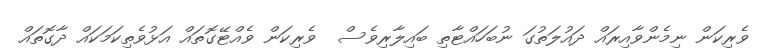
ވެރިކަން ނިމެންވާއިރައް ދައުލަތުގަ ނުބަހައްޓާތި ބައިލާރިވެސް  ވެރިކަން ވެއްޓޭގޮތައް އަޅުވެތިކަމަކައް ދާގޮތައް